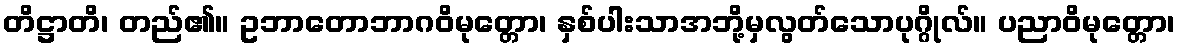
တိဋ္ဌာတိ၊ တည်၏။ ဥဘာတောဘာဂဝိမုတ္တော၊ နှစ်ပါးသာအဘို့မှလွတ်သောပုဂ္ဂိုလ်။ ပညာဝိမုတ္တော၊